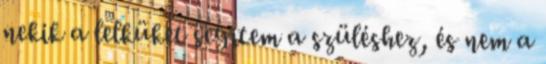
nekik a lelküket segítem a szüléshez, és nem a